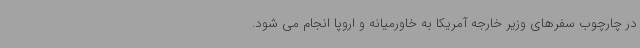
در چارچوب سفرهای وزیر خارجه آمریکا به خاورمیانه و اروپا انجام می شود.